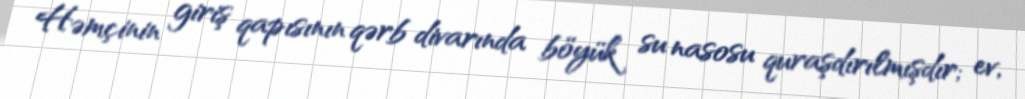
Həmçinin giriş qapısının qərb divarında böyük su nasosu quraşdırılmışdır; ev,